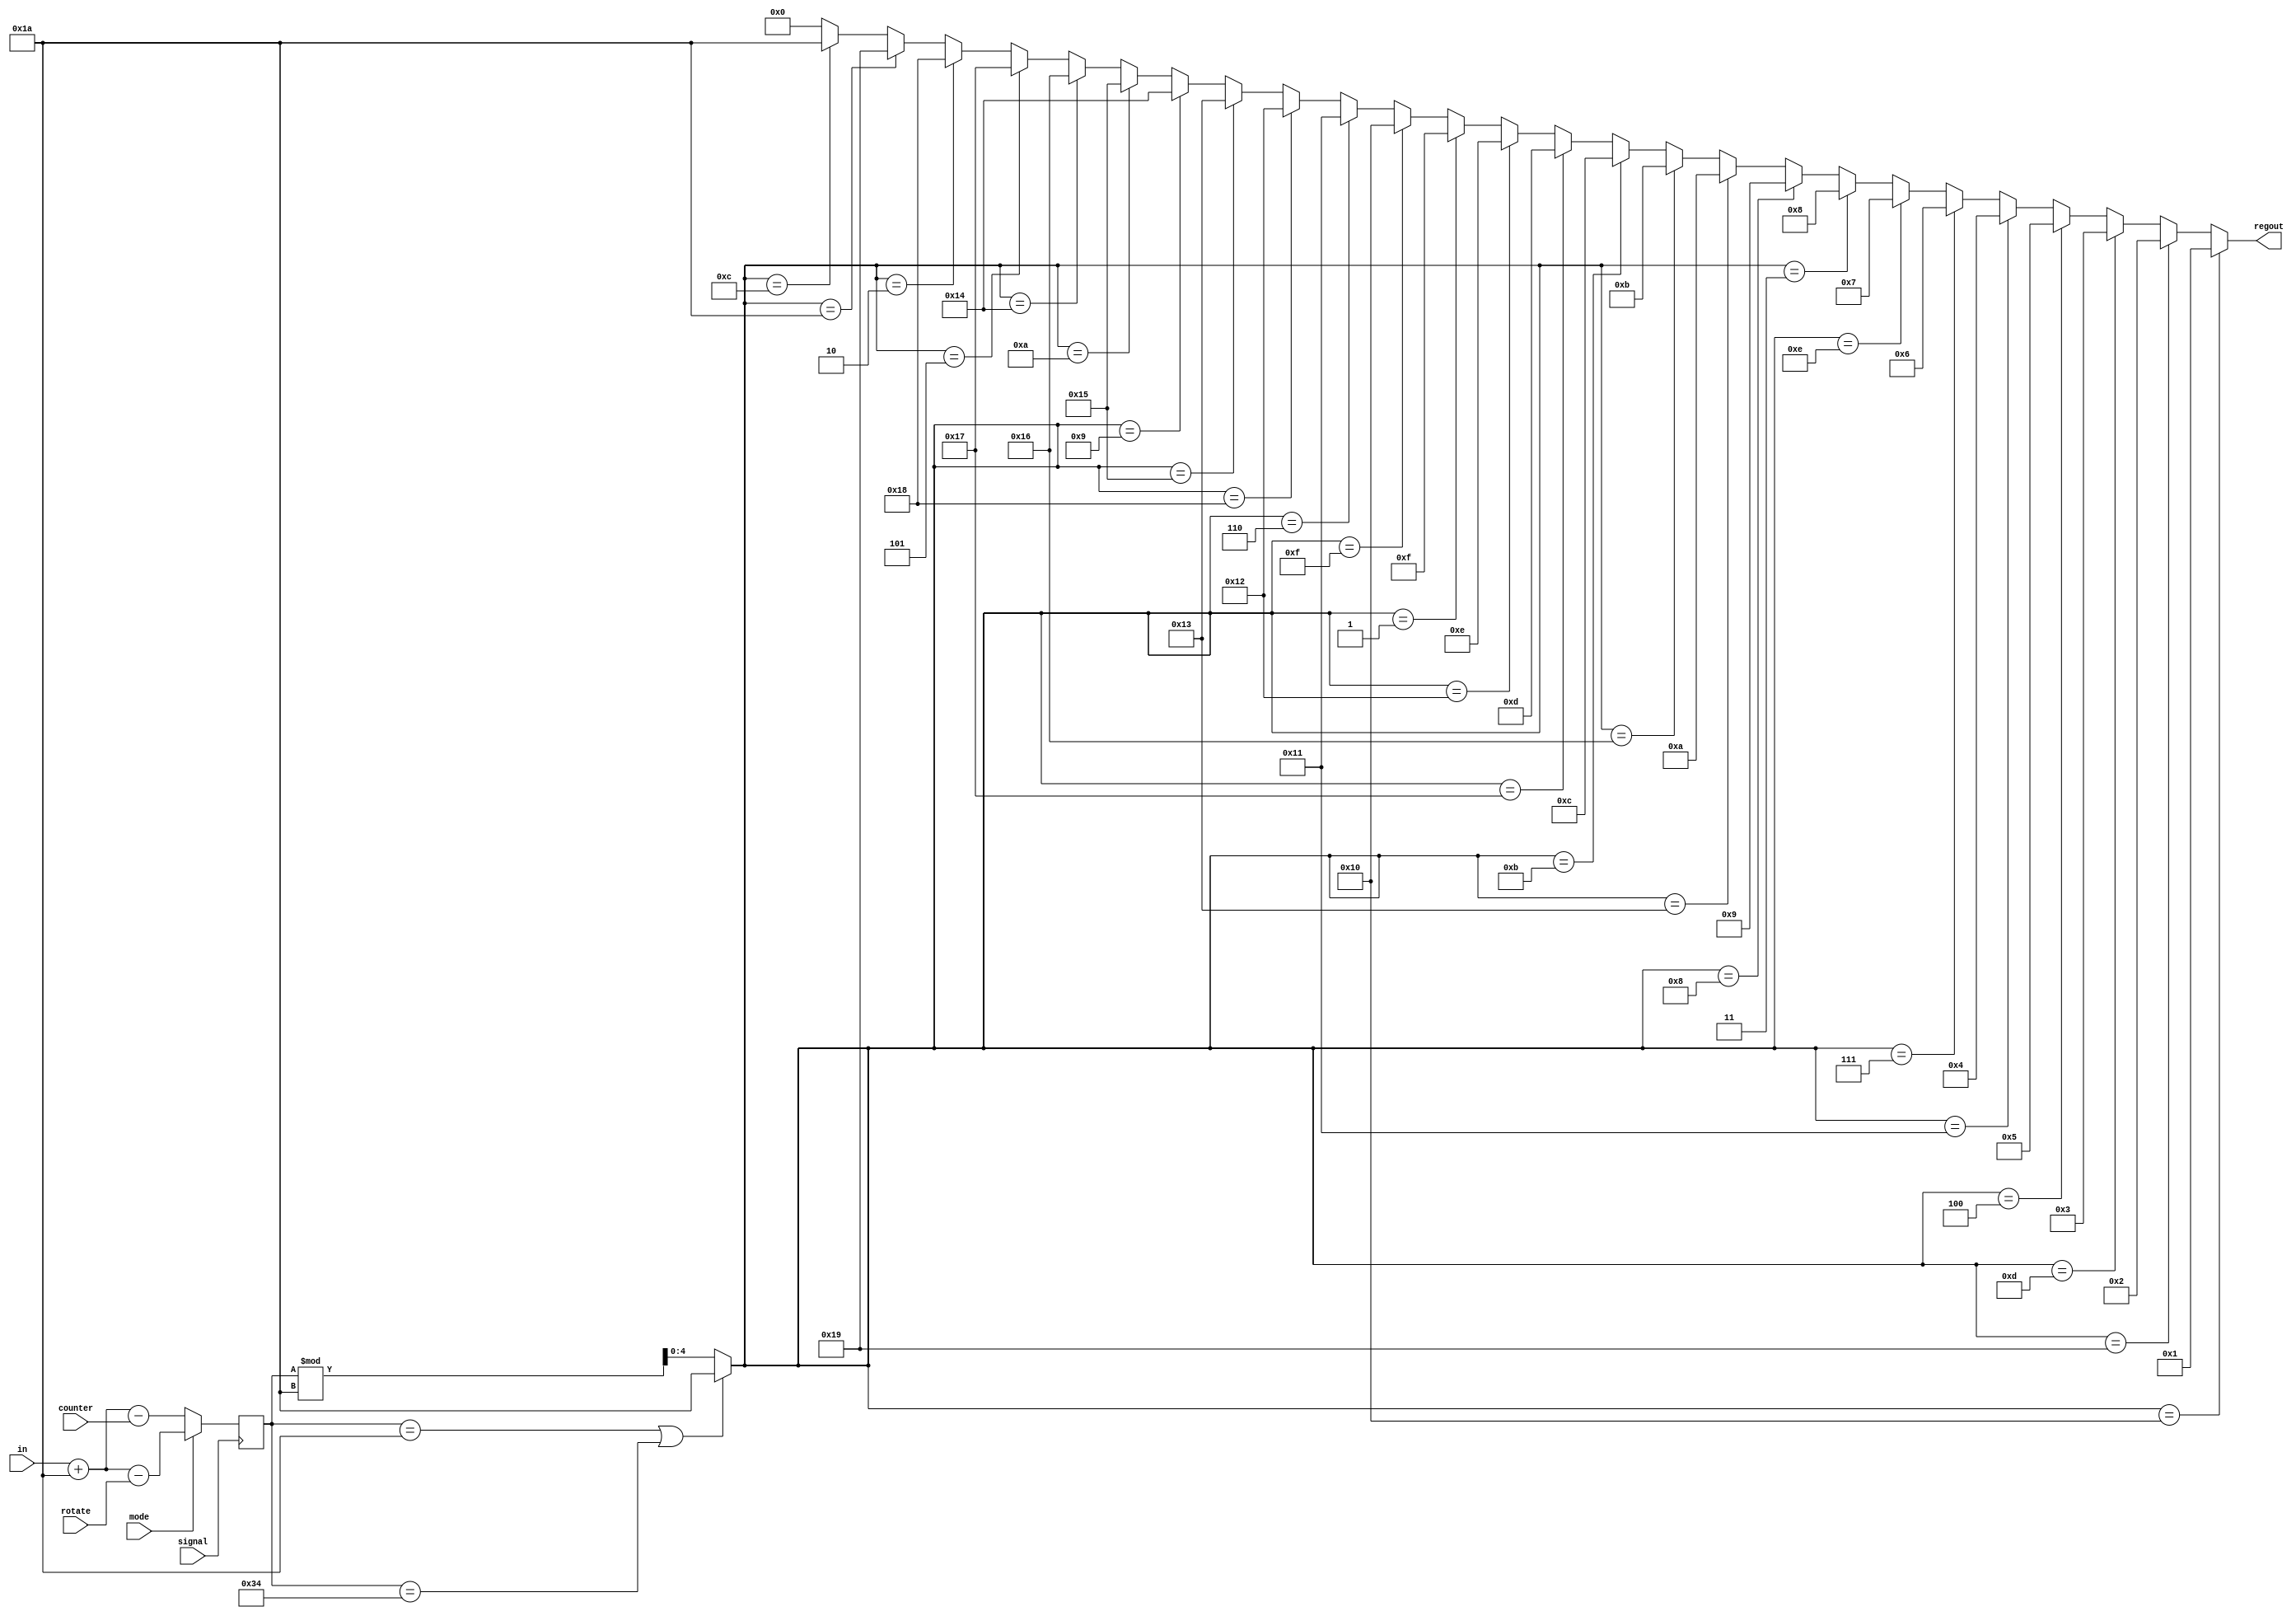
// The inverse of rotor 1.
// Simulate the reflection signal passing through a rotor.

module rotor1_inv(
    output reg [4:0] regout,
    input [4:0] in,
    input [4:0] rotate,
    input mode, signal,
    input [5:0] counter
);
reg [5:0] sum;
reg [4:0] M;
 always @(posedge signal) begin 
    if (mode==0) begin
    sum = in + 5'd26 - counter;
    end
    else begin
    sum = in +5'd26 - rotate;
    end
    end
    always @ (sum)
    begin
        if (sum == 6'd26 || sum == 6'd52) begin
            M <= 5'd26;
        end else begin
            M <= sum % 5'd26;
        end
    end

    always @(M)
    begin
		if (M == 5'd16) begin
		  regout = 5'd1;
		end else if (M == 5'd25) begin
		  regout = 5'd2;
		end else if (M == 5'd13) begin
		  regout = 5'd3;
		end else if (M == 5'd4) begin
		  regout = 5'd5;
		end else if (M == 5'd17) begin
		  regout = 5'd4;
		end else if (M == 5'd7) begin
		  regout = 5'd6;
		end else if (M == 5'd14) begin
		  regout = 5'd7;
		end else if (M == 5'd3) begin
		  regout = 5'd8;
		end else if (M == 5'd8) begin
		  regout = 5'd9;
		end else if (M == 5'd19) begin
		  regout = 5'd10;
		end else if (M == 5'd22) begin
		  regout = 5'd11;
		end else if (M == 5'd11) begin
		  regout = 5'd12;
		end else if (M == 5'd23) begin
		  regout = 5'd13;
		end else if (M == 5'd18) begin
		  regout = 5'd14;
		end else if (M == 5'd1) begin
		  regout = 5'd15;
		end else if (M == 5'd15) begin
		  regout = 5'd16;
		end else if (M == 5'd6) begin
		  regout = 5'd17;
		end else if (M == 5'd24) begin
		  regout = 5'd18;
		end else if (M == 5'd21) begin
		  regout = 5'd19;
		end else if (M == 5'd9) begin
		  regout = 5'd20;
		end else if (M == 5'd10) begin
		  regout = 5'd21;
		end else if (M == 5'd20) begin
		  regout = 5'd22;
		end else if (M == 5'd5) begin
		  regout = 5'd23;
		end else if (M == 5'd2) begin
		  regout = 5'd24;
		end else if (M == 5'd26) begin
		  regout = 5'd25;
		end else if (M == 5'd12) begin
		  regout = 5'd26;
        end else begin
          regout = 5'd0;   // If the program runs correctly, this should never be the result
        end
    end
    //assign out = regout;
endmodule // rotor1_inv